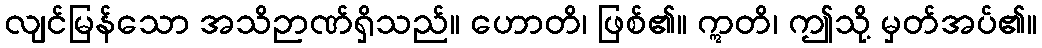
လျင်မြန်သော အသိဉာဏ်ရှိသည်။ ဟောတိ၊ ဖြစ်၏။ ဣတိ၊ ဤသို့ မှတ်အပ်၏။